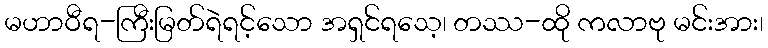
မဟာဝီရ-ကြီးမြတ်ရဲရင့်သော အရှင်ရသေ့၊ တဿ-ထို ကလာဗု မင်းအား၊